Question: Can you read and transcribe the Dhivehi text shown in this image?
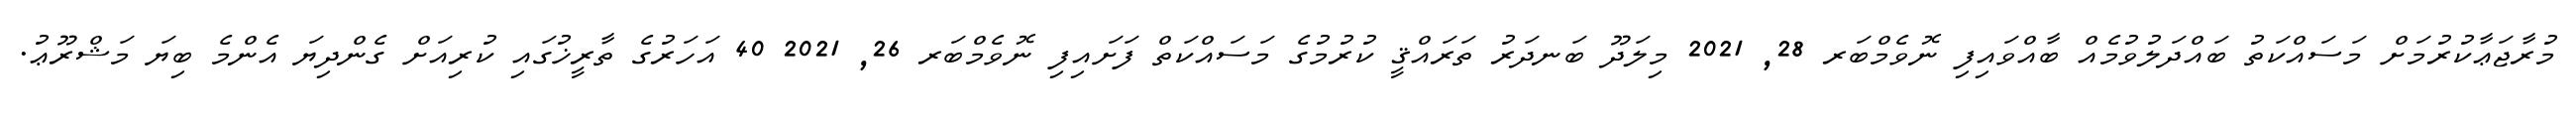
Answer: މުރާޖަޢާކުރުމަށް މަސައްކަތު ބައްދަލުވުމެއް ބާއްވައިފި ނޮވެމްބަރ 28, 2021 މިލަދޫ ބަނދަރު ތަރައްޤީ ކުރުމުގެ މަސައްކަތް ފަށައިފި ނޮވެމްބަރ 26, 2021 40 އަހަރުގެ ތާރީޚުގައި ކުރިއަށް ގެންދިޔަ އެންމެ ބިޔަ މަޝްރޫޢު.